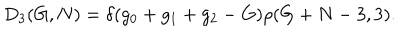
D _ { 3 } ( G , N ) = \delta ( g _ { 0 } + g _ { 1 } + g _ { 2 } - G ) \rho ( G + N - 3 , 3 ) .